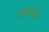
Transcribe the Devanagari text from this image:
डायस्टोल